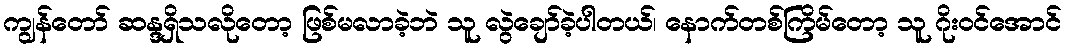
ကျွန်တော် ဆန္ဒရှိသလိုတော့ ဖြစ်မလာခဲ့ဘဲ သူ လွဲချော်ခဲ့ပါတယ်၊ နောက်တစ်ကြိမ်တော့ သူ ဂိုးဝင်အောင်